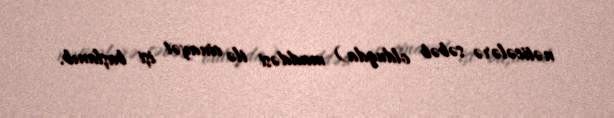
nəticələrə səbəb olduqda) maddəsi ilə cinayət işi başlanıb.